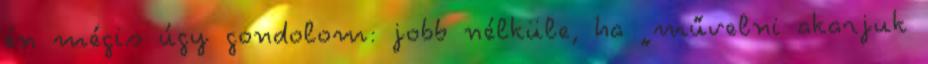
én mégis úgy gondolom: jobb nélküle, ha „művelni akarjuk